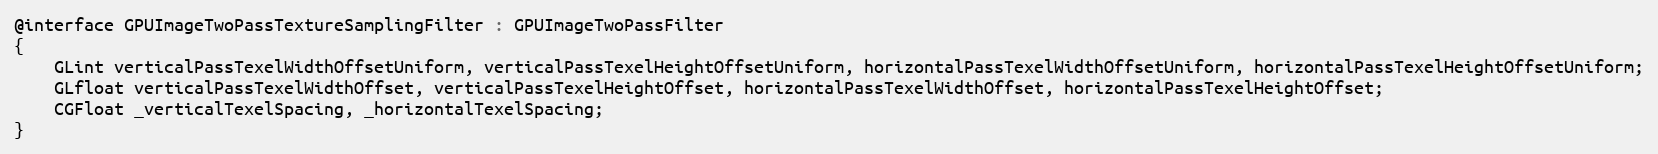
Language: C
@interface GPUImageTwoPassTextureSamplingFilter : GPUImageTwoPassFilter
{
    GLint verticalPassTexelWidthOffsetUniform, verticalPassTexelHeightOffsetUniform, horizontalPassTexelWidthOffsetUniform, horizontalPassTexelHeightOffsetUniform;
    GLfloat verticalPassTexelWidthOffset, verticalPassTexelHeightOffset, horizontalPassTexelWidthOffset, horizontalPassTexelHeightOffset;
    CGFloat _verticalTexelSpacing, _horizontalTexelSpacing;
}